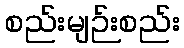
စည်းမျဉ်းစည်း